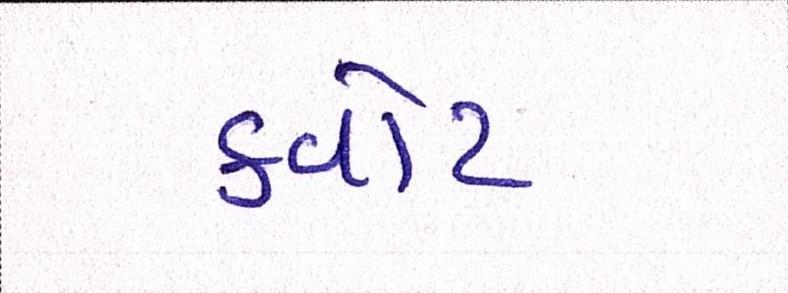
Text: ક્વોટા